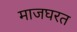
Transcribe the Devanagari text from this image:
माजघरत